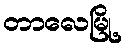
တာလေမြို့